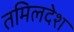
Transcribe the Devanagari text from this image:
तमिलदेश